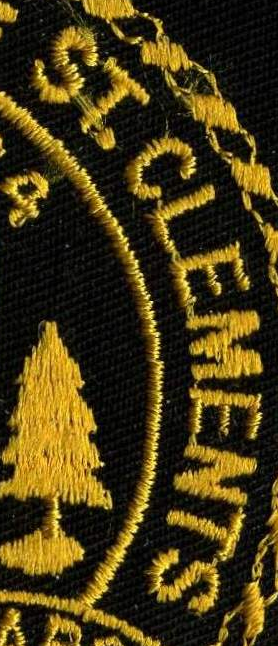
ST. CLEMENTS